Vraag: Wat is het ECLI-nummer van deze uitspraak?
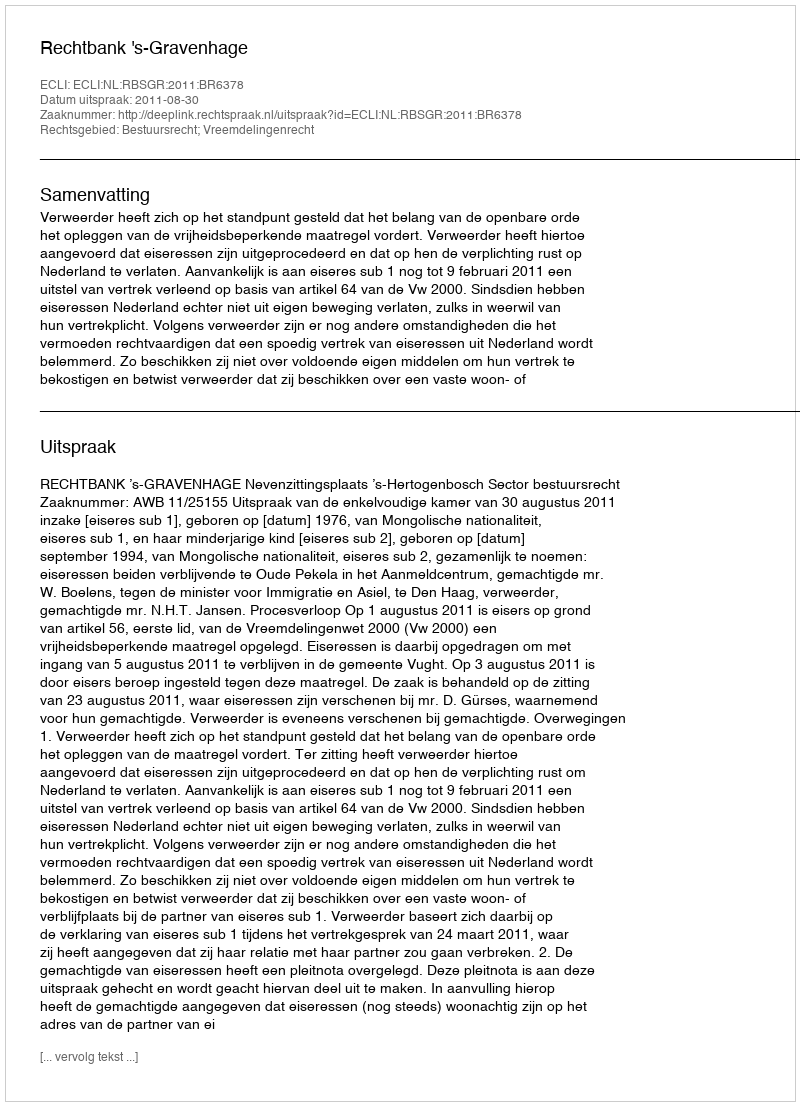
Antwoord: ECLI:NL:RBSGR:2011:BR6378